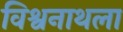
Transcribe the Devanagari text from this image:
विश्वनाथला